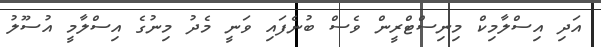
އަދި އިސްލާމިކް މިނިސްޓްރީން ވެސް ބުނެފައި ވަނީ މެދު މިނުގެ އިސްލާމީ އުސޫލު